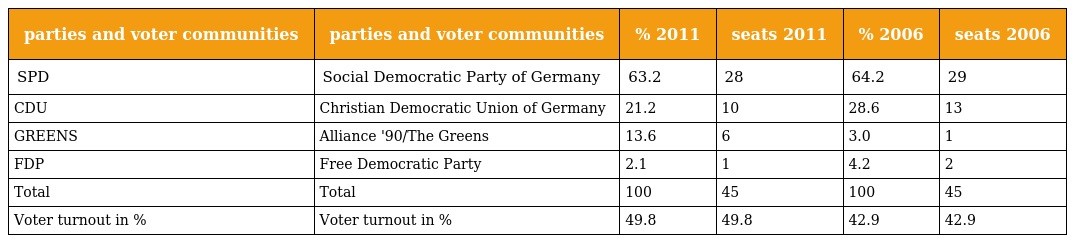
| parties and voter communities | parties and voter communities | % 2011 | seats 2011 | % 2006 | seats 2006 |
 | --- | --- | --- | --- | --- | --- |
 | SPD | Social Democratic Party of Germany | 63.2 | 28 | 64.2 | 29 |
 | CDU | Christian Democratic Union of Germany | 21.2 | 10 | 28.6 | 13 |
 | GREENS | Alliance '90/The Greens | 13.6 | 6 | 3.0 | 1 |
 | FDP | Free Democratic Party | 2.1 | 1 | 4.2 | 2 |
 | Total | Total | 100 | 45 | 100 | 45 |
 | Voter turnout in % | Voter turnout in % | 49.8 | 49.8 | 42.9 | 42.9 |